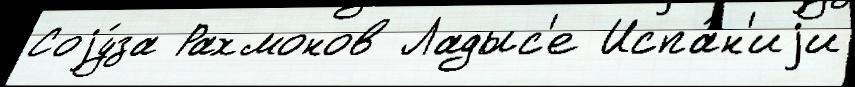
Соjу́за Рахмонов Ладыс'е Испа́н'иjи